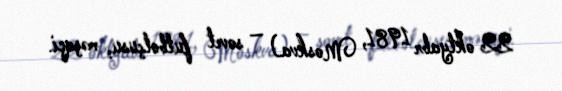
22 oktyabr 1981, Moskva) — sovet futbolçusu, məşqçi.